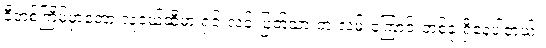
ဒီတစ်ကြိမ်မှာတော့ လူငယ်ဆီမှာ ရှင်းလင်းပြတ်သားတဲ့ လမ်းကြောင်းတစ်ခု ရှိနေပါတယ်။